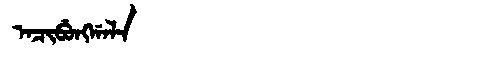
Manchu: ᠠᠴᡳᠪᡠᠩᡤᠠᠯᠠ
Romanization: ACIBUNGGALA